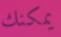
يمكنك